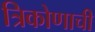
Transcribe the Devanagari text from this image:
त्रिकोणाची